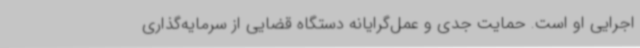
اجرایی او است. حمایت جدی و عمل‌گرایانه دستگاه قضایی از سرمایه‌گذاری